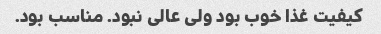
کیفیت غذا خوب بود ولی عالی نبود. مناسب بود.